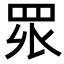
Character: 𭾪